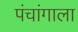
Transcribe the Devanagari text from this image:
पंचांगाला